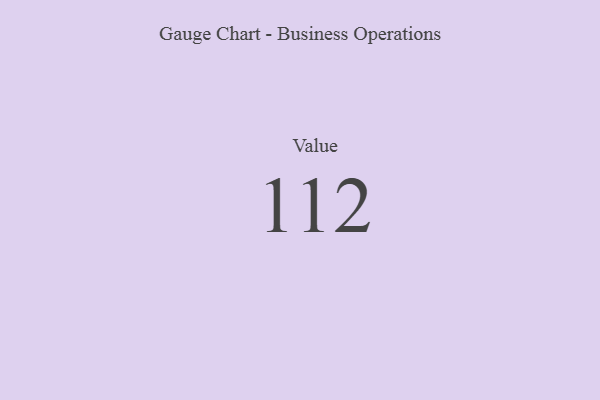
{"axis": {"x": "Metric", "y": "Value"}, "legend": [""], "data": [{"x": "Value", "y": 112, "type": ""}]}